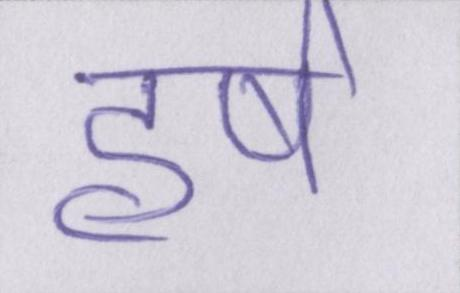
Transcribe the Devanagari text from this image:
हर्ष